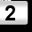
Digit: 2